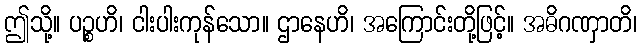
ဤသို့။ ပဉ္စဟိ၊ ငါးပါးကုန်သော။ ဌာနေဟိ၊ အကြောင်းတို့ဖြင့်။ အဓိဂဏှာတိ၊